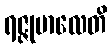
ရဇ္ဇုမာလေတိ